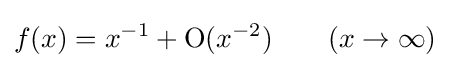
f(x)=x^{-1}+\mathrm {O} (x^{-2})\qquad (x\to \infty )